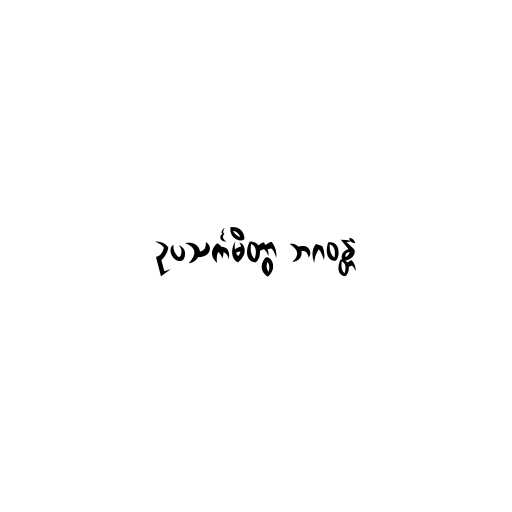
ဥပသင်္ကမိတွာ ဘဂဝန္တံ